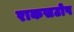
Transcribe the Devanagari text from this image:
राकसटोप